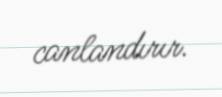
canlandırır.